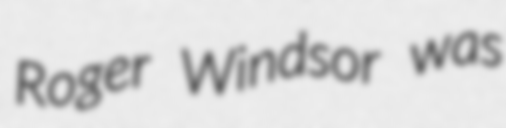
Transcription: Roger Windsor was